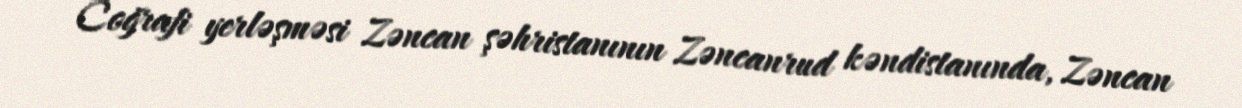
Coğrafi yerləşməsi Zəncan şəhristanının Zəncanrud kəndistanında, Zəncan